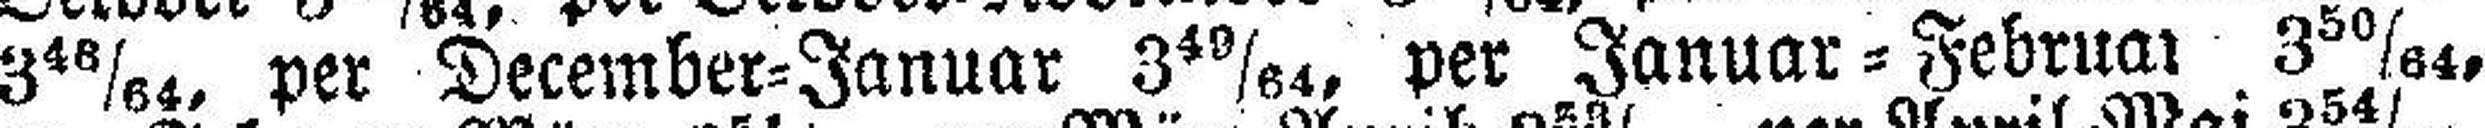
3 46/64, per December=Januar 3 49/64, per Januar=Februar 3 50/64,